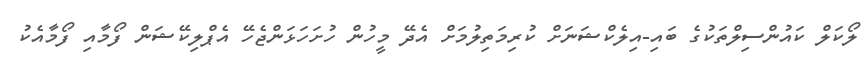
ލޯކަލް ކައުންސިލްތަކުގެ ބައި-އިލެކްޝަނަށް ކުރިމަތިލުމަށް އެދޭ މީހުން ހުށަހަޅަންޖެހޭ އެޕްލިކޭޝަން ފޯމާއި ފޯމާއެކު